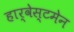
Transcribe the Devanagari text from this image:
हार्वेस्टमेन